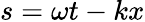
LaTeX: s=\omega t-kx